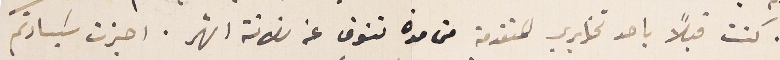
كنت قبلاً باحد تخابري المتقدمة من مدة تنوف عن ثلاثة اشهر. اجزت سَيادتكم